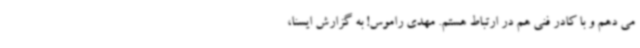
می دهم و با کادر فنی هم در ارتباط هستم. مهدی راموس! به گزارش ایسنا،